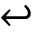
\hookleftarrow